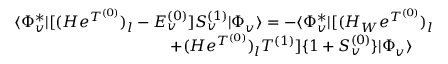
\begin{array} { r l r } { \langle \Phi _ { v } ^ { * } | [ ( H e ^ { T ^ { ( 0 ) } } ) _ { l } - E _ { v } ^ { ( 0 ) } ] S _ { v } ^ { ( 1 ) } | \Phi _ { v } \rangle = - \langle \Phi _ { v } ^ { * } | [ ( H _ { W } e ^ { T ^ { ( 0 ) } } ) _ { l } } & { } & \\ { + ( H e ^ { T ^ { ( 0 ) } } ) _ { l } T ^ { ( 1 ) } ] \{ 1 + S _ { v } ^ { ( 0 ) } \} | \Phi _ { v } \rangle \ \ \ \ } \end{array}